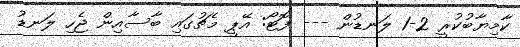
ކާމިޔާބުކުރީ 2-1 ލަނޑުން --- ފޮޓޯ: އޭޕީ މެޗުގައި ބާސާއިން ޖެހި ލަނޑު